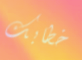
خطابك